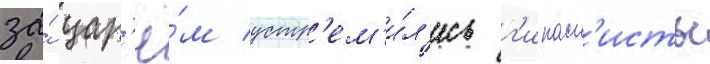
за́ цар'ё́м устр'ем'и́л'ись г'ипасп'исты